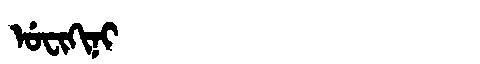
Manchu: ᡠᠸᡳᡴᡳᠨᡳ
Romanization: UFIKINI